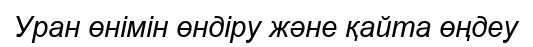
Уран өнімін өндіру және қайта өңдеу